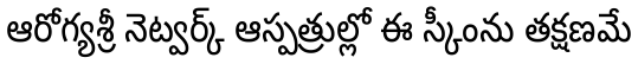
ఆరోగ్యశ్రీ నెట్వర్క్ ఆస్పత్రుల్లో ఈ స్కీంను తక్షణమే